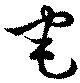
宅